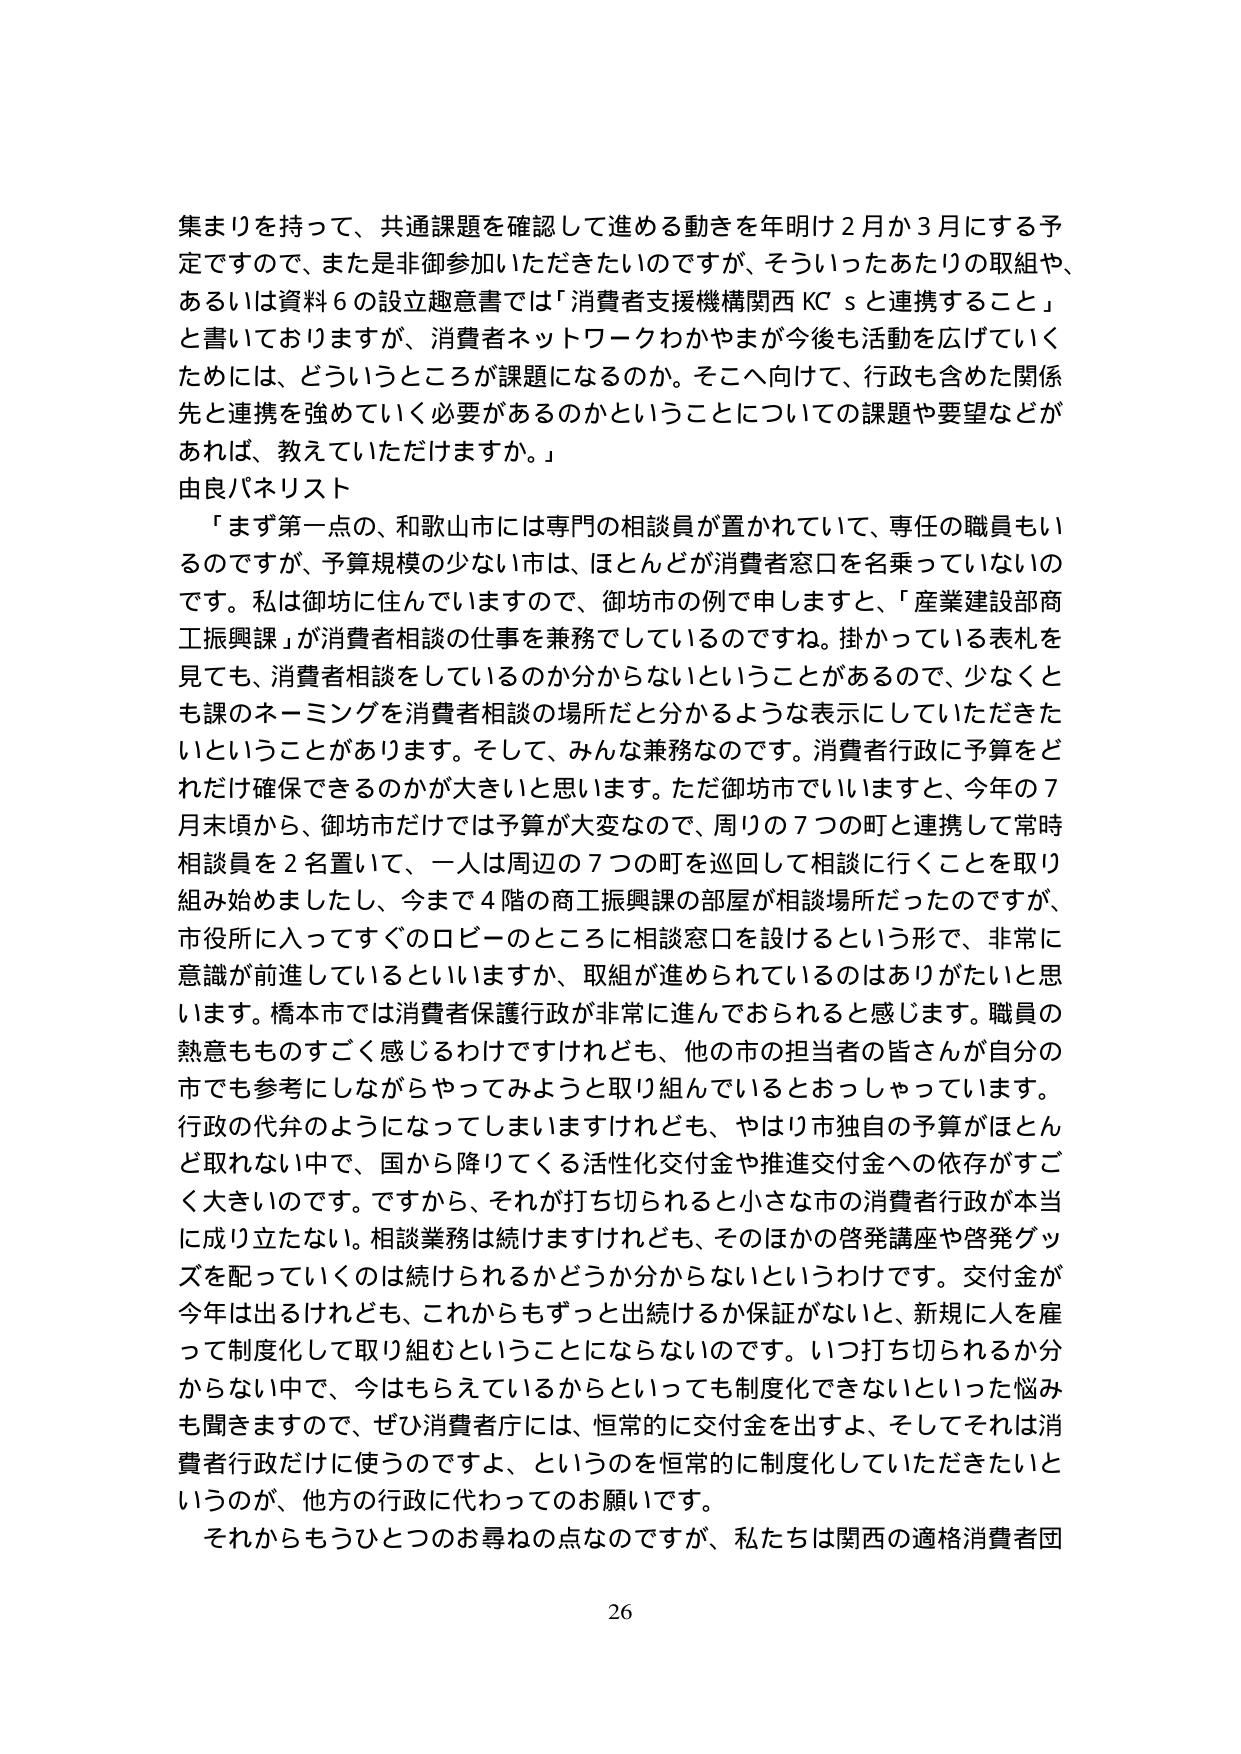
集まりを持って、共通課題を確認して進める動きを年明け２月か３月にする予定ですので、または非御参加いただきたいのですが、そういったあたりの取組や、あるいは資料６の設立趣意書では「消費者支援機構関西KCｓと連携すること」と書いておりますが、消費者ネットワークわかやまが今後も活動を広げていくためには、どういうところが課題になるのか。そこへ向けて、行政も含めた関係先と連携を強めていく必要があるのかということについての課題や要望などがあれば、教えていただけますか。」

由良パネリスト

「まず第一点の、和歌山市には専門の相談員が置かれていて、専任の職員もいるのですが、予算規模の少ない市は、ほとんどが消費者窓口を名乗っていないのです。私は御坊に住んでいますので、御坊市の例で申しますと、「産業建設部商工振興課」が消費者相談の仕事を兼務でしているのですね。掛かっている表札を見ても、消費者相談をしているのか分からないということがあるので、少なくとも課のネーミングを消費者相談の場所だと分かるような表示にしていただきたいということがあります。そして、みんな兼務なのです。消費者行政に予算をどれだけ確保できるのかが大きいと思います。ただ御坊市でいいますと、今年の７月末頃から、御坊市だけでは予算が大変なので、周りの７つの町と連携して常時相談員を２名置いて、一人は周辺の７つの町を巡回して相談に行くことを取り組み始めましたし、今まで４階の商工振興課の部屋が相談場所だったのですが、市役所に入ってすぐのロビーのところに相談窓口を設けるという形で、非常に意識が前進しているといいますか、取組が進められているのはありがたいと思います。橋本市では消費者保護行政が非常に進んでおられると感じます。職員の熱意もものすごく感じるわけですがけれども、他の市の担当者の皆さんが自分の市でも参考にしながらやってみようと取り組んでいるとおっしゃっています。

行政の代弁のようになってしまいますがけれども、やはり市独自の予算がほとんど取れない中で、国から降りてくる活性化交付金や推進交付金への依存がすごく大きいのです。ですから、それが打ち切られると小さな市の消費者行政が本当に成り立たない。相談業務は続けますけれども、そのほかの啓発講座や啓発グッズを配っていくのは続けられるかどうか分からないというわけです。交付金が今年は出るけれども、これからもずっと出続けるか保証がないと、新規に人を雇って制度化して取り組むということにならないのです。いつ打ち切られるか分からない中で、今はもらえているからといっても制度化できないといった悩みも聞きますので、ぜひ消費者庁には、恒常的に交付金を出すよ、そしてそれは消費者行政だけに使うのですよ、というのを恒常的に制度化していただきたいというのが、他方の行政に代わってのお願いです。

それからもうひとつのお尋ねの点なのですが、私たちは関西の適格消費者団

26